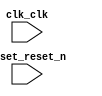

module avalon_displays7seg (
	clk_clk,
	reset_reset_n);	

	input		clk_clk;
	input		reset_reset_n;
endmodule